Language: tamil
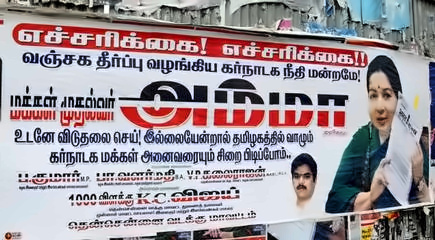
Transcription: விஜ எச்சரிக்கை எச்சரிக்கை வஞ்சக கர்நாடக நீதி மக்கள் விடுதலை செய் இல்லையேன்றால் தமிழகத்தில் வாழும் கர்நாடக மக்கள் அனைவரையும் பிடிப்போம் உடனே சிறை மன்றமே தீர்ப்பு அம்மா வழங்கிய